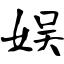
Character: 娱